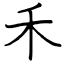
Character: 禾